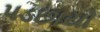
પડછાયો